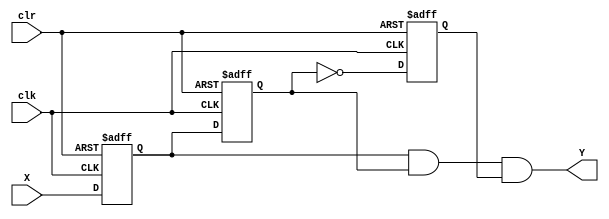
module clean_pulse(

    input X,
    input clk,
    input clr,
    output Y
    );

    reg A,B,C;

    always @(posedge(clk) or posedge(clr))
        begin
        if (clr == 1)
            begin
                A <= 1'b0;
                B <= 1'b0;
                C <= 1'b0;
            end
        else
            begin
                A <= X;
                B <= A;
                C <= ~B;
            end
       
        end
        
        assign Y = (A && B && C);

endmodule